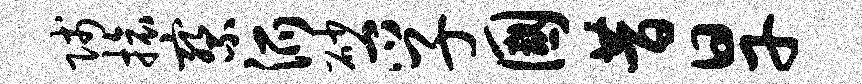
贱旅察派砂孚国昔旱